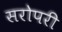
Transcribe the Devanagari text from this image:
सरोपरी